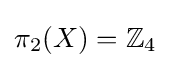
\pi _{2}(X)=\mathbb {Z} _{4}